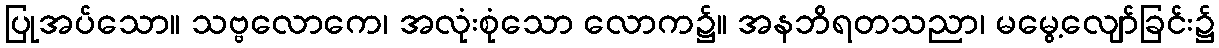
ပြုအပ်သော။ သဗ္ဗလောကေ၊ အလုံးစုံသော လောက၌။ အနဘိရတသညာ၊ မမွေ့လျော်ခြင်း၌